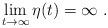
LaTeX: \begin{align*}\lim_{t\to\infty} \eta(t) = \infty\ . \end{align*}